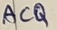
Text: ACQ